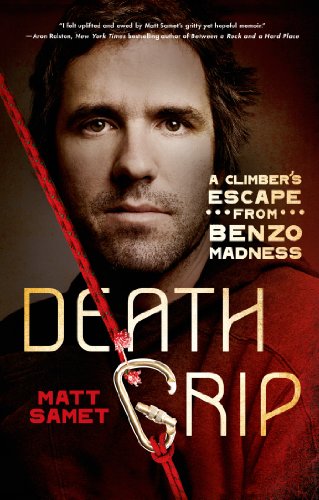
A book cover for Death Grip: A Climber's Escape from Benzo Madness; Matt Samet; Sports & Outdoors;